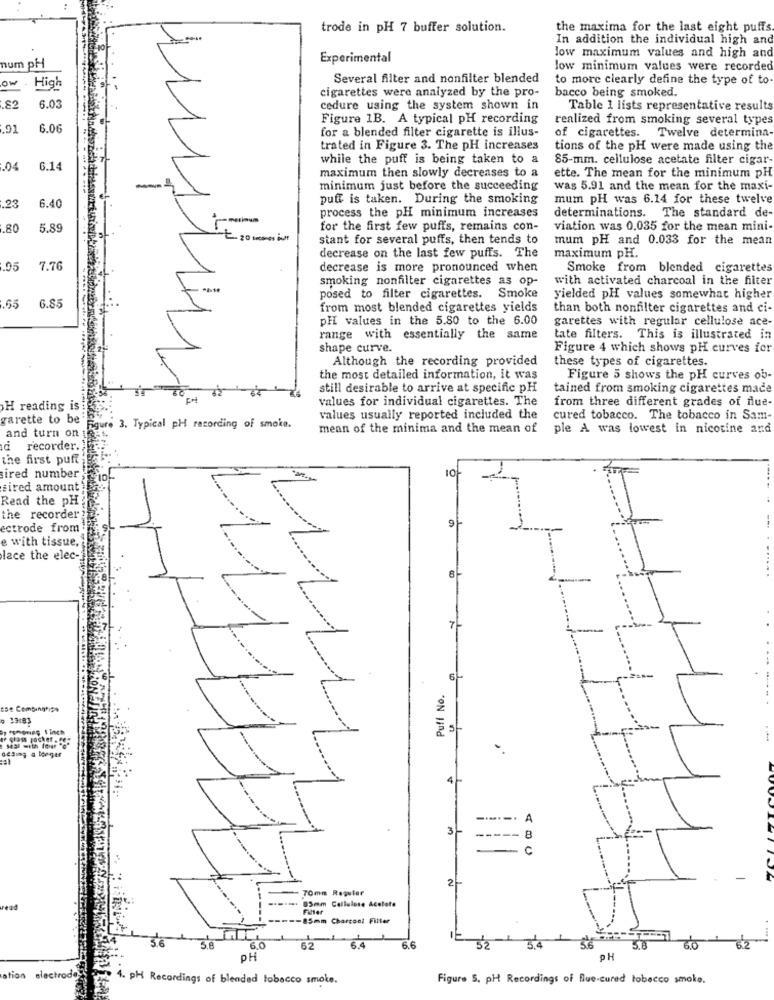
trode in pH 7 buffer solution.
the maxima for the last eight puffs
In addition the individual high and
low maximum values and high and
Experimental
num pH
low minimum values were recorded
ow
Several filter and nonfilter blended
to more clearly define the type of to
High
bacco being smoked.
cigarettes were analyzed by the pro-
6.03
cedure using the system shown in
Table 1 lists representative results
Figure 1B. A typical PH recording
realized from smoking several types
.91
6.06
of cigarettes. Twelve determina-
for a blended filter cigarette is illus-
trated in Figure 3. The pH increases
tions of the pH were made using the
while the puff is being taken to a
85-mm. cellulose acetate filter cigar-
.04
6.14
ette. The mean for the minimum pH
maximum then slowly decreases to a
minimum just before the succeeding
was 5.91 and the mean for the maxi-
.23
puff is taken. During the smoking
mum pH was 6.14 for these twelve
6.40
- metinum
process the pH minimum increases
determinations. The standard de-
.80
5.89
for the first few puffs, remains con-
viation was 0.035 for the mean mini-
t 20 somes but
stant for several puffs, then tends to
mum pH and 0.033 for the mean
decrease on the last few puffs. The
maximum pH.
.95
7.76
decrease is more pronounced when
Smoke from blended cigarettes
smoking nonfilter cigarettes as op-
with activated charcoal in the filter
posed to filter cigarettes. Smoke
yielded pH values somewhat higher
.65
6.85
from most blended cigarettes yields
than both nonfilter cigarettes and ci-
pH values in the 5.80 to the 6.00
garettes with regular cellulose ace-
range with essentially the same
tate filters. This is illustrated in
shape curve.
Figure 4 which shows pH curves for
Although the recording provided
these types of cigarettes.
the most detailed information, it was
Figure 5 shows the pH curves ob-
still desirable to arrive at specific pH
tained from smoking cigarettes made
values for individual cigarettes. The
from three different grades of fue-
H reading is
garette to be
values usually reported included the
cured tobacco. The tobacco in Sam-
and turn on
Figure 3. Typical pH recording of smoke.
mean of the minima and the mean of
ple A was lowest in nicotine and
a recorder.
the first puff
10
ired number;
tired amount
Read the pH
the recorder
9
ectrode from
e with tissue,
lace the elec-
Puff No.
tse Combinghino
9 33183
desing a loger
4
A
3/
--
--
8
C
2
TOmm Rowular
vead
Filter
-85mm Charcoal Filter
62
32
3'4
5.8
-6'2
DH
PH
ation electrodos
4. pH Recordings of blended tobacco smoke.
Figure S. pH Recordings of Blue-cured tobacco smoke.